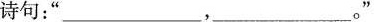
诗句：”___，___。”